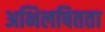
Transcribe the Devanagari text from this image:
अभिलषितता